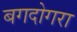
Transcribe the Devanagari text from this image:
बगदोगरा